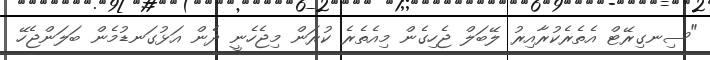
"ސިނގިރޭޓް އެތެރެކުރާއިރު ލޭބަލް ޖެހިގެން މިއެތެރެ ކުރަން މިޖެހެނީ ދެން އަޅުގަނޑުމެން ބަލަންޖެހޭ